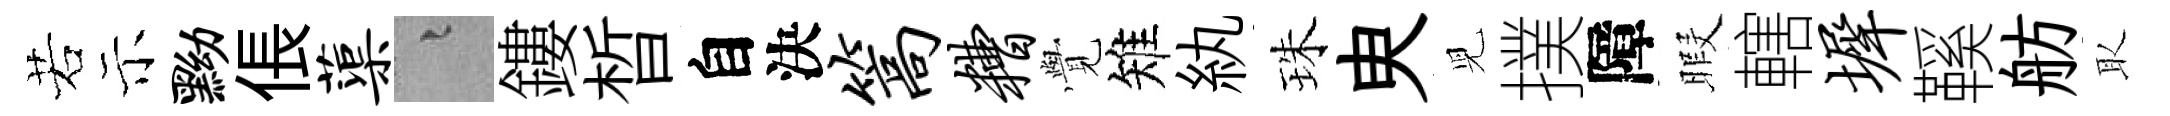
若示黝倀蕖融鏤晳自決篙糟𮗜雉紈珠㬰児撲障暇轄墀鞵舫取